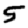
Digit: 5